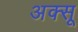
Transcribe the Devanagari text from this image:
अक्सू